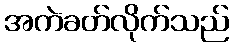
အကဲခတ်လိုက်သည်